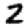
Digit: 2